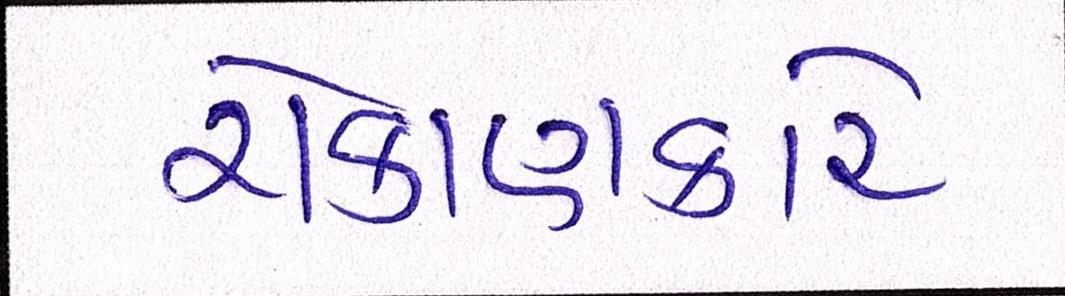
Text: રોકાણકારે